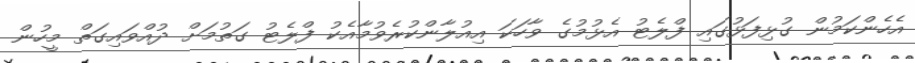
އެހެންކަމުން ގުޅިފަޅުގައި ފްލެޓު އެޅުމުގެ ވާހަކަ އިއުލާންކުރެވުމާއެކު ފްލެޓު ގަތުމަށް ދުއްވައިގަތް މީހުން